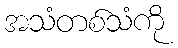
အသံတစ်သံကို